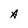
Character: A